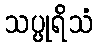
သပ္ပုရိသံ